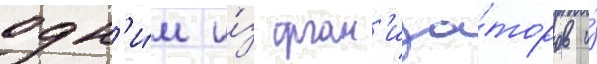
одн'и́м и́з орган'иза́торов и́